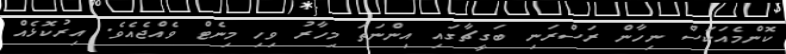
ކޮންމެއަކަސް ނިހާން ރަސްރަނި ބަގީޗާގައި އިންނަތަ މިހާރު ވިހި މިނެޓް ވެއްޖެއެވެ. އިރުކޮޅެއް